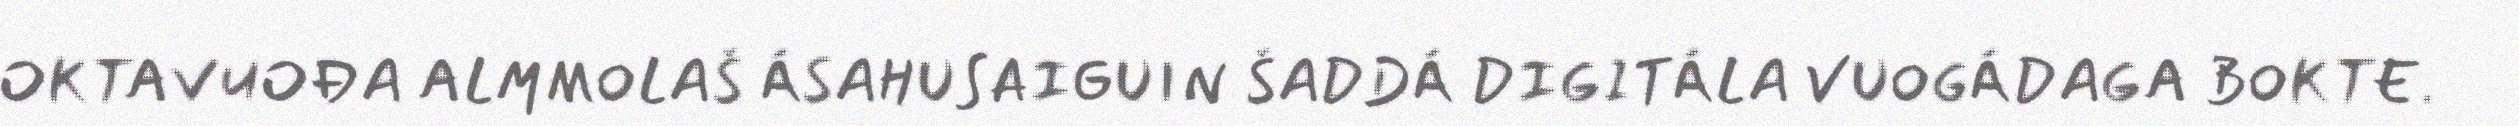
OKTAVUOĐA ALMMOLAŠ ÁSAHUSAIGUIN ŠADDÁ DIGITÁLA VUOGÁDAGA BOKTE.